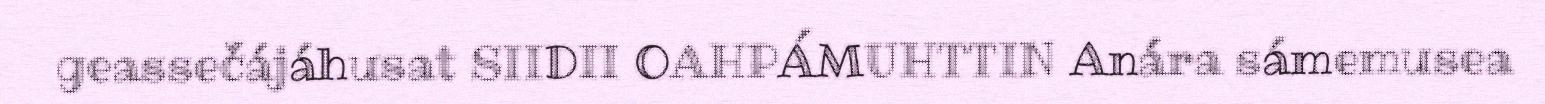
geassečájáhusat SIIDII OAHPÁMUHTTIN Anára sámemusea